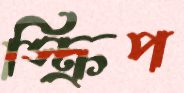
স্ক্রিপ